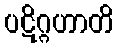
ပဋိဂ္ဂဟာတိ